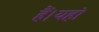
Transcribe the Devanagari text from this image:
हैं।यहां